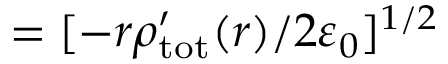
= [ - r \rho { } _ { \mathrm { t o t } } ^ { \prime } ( r ) / 2 \varepsilon _ { 0 } ] ^ { 1 / 2 }